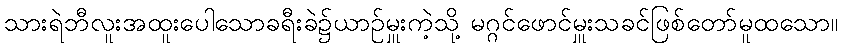
သားရဲဘီလူးအထူးပေါသောခရီးခဲ၌ယာဉ်မှူးကဲ့သို့ မဂ္ဂင်ဖောင်မှူးသခင်ဖြစ်တော်မူထသော။